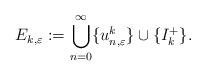
LaTeX: \begin{align*}E_{k,\varepsilon}:=\bigcup_{n=0}^\infty\{u_{n,\varepsilon}^k\}\cup \{I_k^+\}.\end{align*}